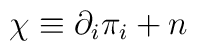
\chi \equiv  \partial_{i}\pi_{i}+ n